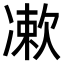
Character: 𠘂